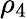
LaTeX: \rho_{4}